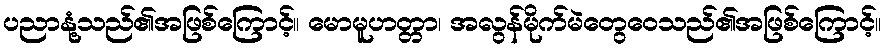
ပညာနုံ့သည်၏အဖြစ်ကြောင့်။ မောမူဟတ္တာ၊ အလွန်မိုက်မဲတွေဝေသည်၏အဖြစ်ကြောင့်။